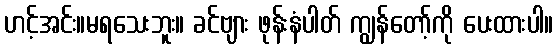
ဟင့်အင်း။မရသေးဘူး။ ခင်ဗျား ဖုန်းနံပါတ် ကျွန်တော့်ကို ပေးထားပါ။